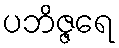
ပဘိဇ္ဇရေ